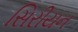
સિરીયન